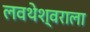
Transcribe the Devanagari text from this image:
लवथेश्वराला